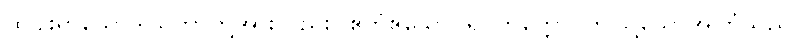
ထိုငါးရာသောဒါယကာတို့အားလည်း။ ဧတံဧသောပရိဝိတက္ကော၊ ဤသို့သောအကြံသည်။